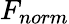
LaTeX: F_{norm}